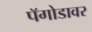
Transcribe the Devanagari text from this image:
पॅगोडावर